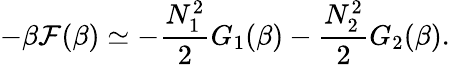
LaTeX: -\beta\mathcal{F}(\beta)\simeq-\frac{{N_{1}^{2}}}{{2}}G_{1}(\beta)-\frac{{N_{2}^{2}}}{{2}}G_{2}(\beta).